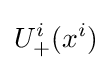
U_{+}^{i}(x^{i})